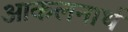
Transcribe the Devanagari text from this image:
आकलनार्थ